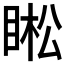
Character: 𱲽